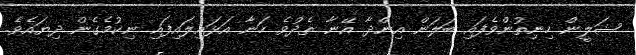
ޝަލީން ހިނިތުންވެފައި ބަލަން އިންދާ އޭނާ ތެދުވެ ހަނާ އަޅައިލައިފައި ނިކުމެގެން ދިޔައެވެ.